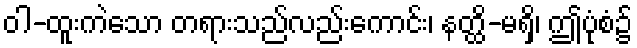
ဝါ-ထူးကဲသော တရားသည်လည်းကောင်း၊ နတ္ထိ-မရှိ၊ ဤပုံစံ၌